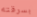
بسرقته